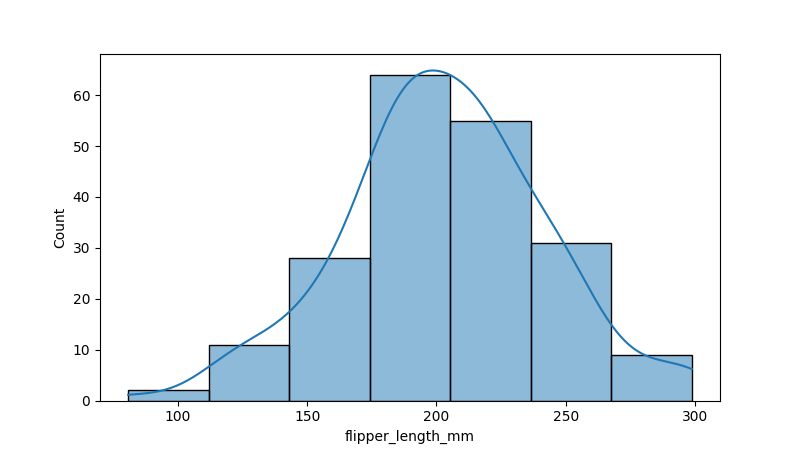
python, seaborn, histplot, hue='all', binwidth=30, bins='auto', element='bars'